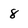
Character: 8